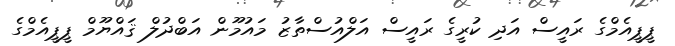
ޕީޕީއެމްގެ ރައީސް އަދި ކުރީގެ ރައީސް އަލްއުސްތާޒު މައުމޫން އަބްދުލް ޤައްޔޫމް ޕީޕީއެމްގެ